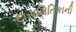
દાસગિતિકાની